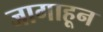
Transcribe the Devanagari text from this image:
जागाहून